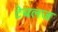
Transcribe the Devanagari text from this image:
टेबलज